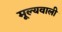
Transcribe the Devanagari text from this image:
मूल्यवाली